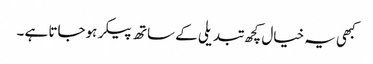
کبھی یہ خیال کچھ تبدیلی کے ساتھ پیکر ہوجاتا ہے ۔